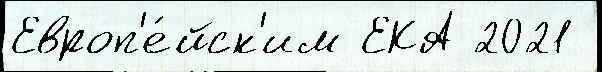
Европ'е́йск'им ЕКА 2021